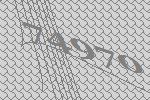
74970